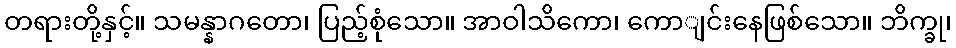
တရားတို့နှင့်။ သမန္နာဂတော၊ ပြည့်စုံသော။ အာဝါသိကော၊ ကောျင်းနေဖြစ်သော။ ဘိက္ခု၊